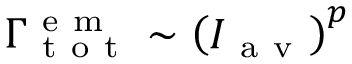
\Gamma _ { \mathrm { ~ t ~ o ~ t ~ } } ^ { \mathrm { ~ e ~ m ~ } } \sim \left( I _ { \mathrm { ~ a ~ v ~ } } \right) ^ { p }